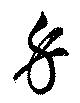
身